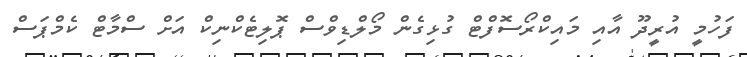
ފަހުމީ އުރީދޫ އާއި މައިކްރޯސޮފްޓް ގުޅިގެން މޯލްޑިވްސް ޕޮލިޓެކްނިކް އަށް ސްމާޓް ކެމްޕަސް